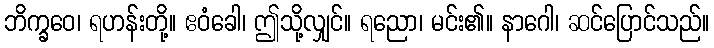
ဘိက္ခဝေ၊ ရဟန်းတို့။ ဧဝံခေါ၊ ဤသို့လျှင်။ ရညော၊ မင်း၏။ နာဂေါ၊ ဆင်ပြောင်သည်။